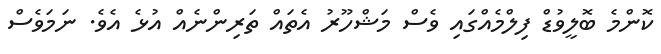
ކޮންމެ ބޮލީވުޑް ފިލްމެއްގައި ވެސް މަޝްހޫރު އެތައް ތަރިންނެއް އުޅެ އެވެ. ނަމަވެސް